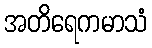
အတိရေကမာသံ